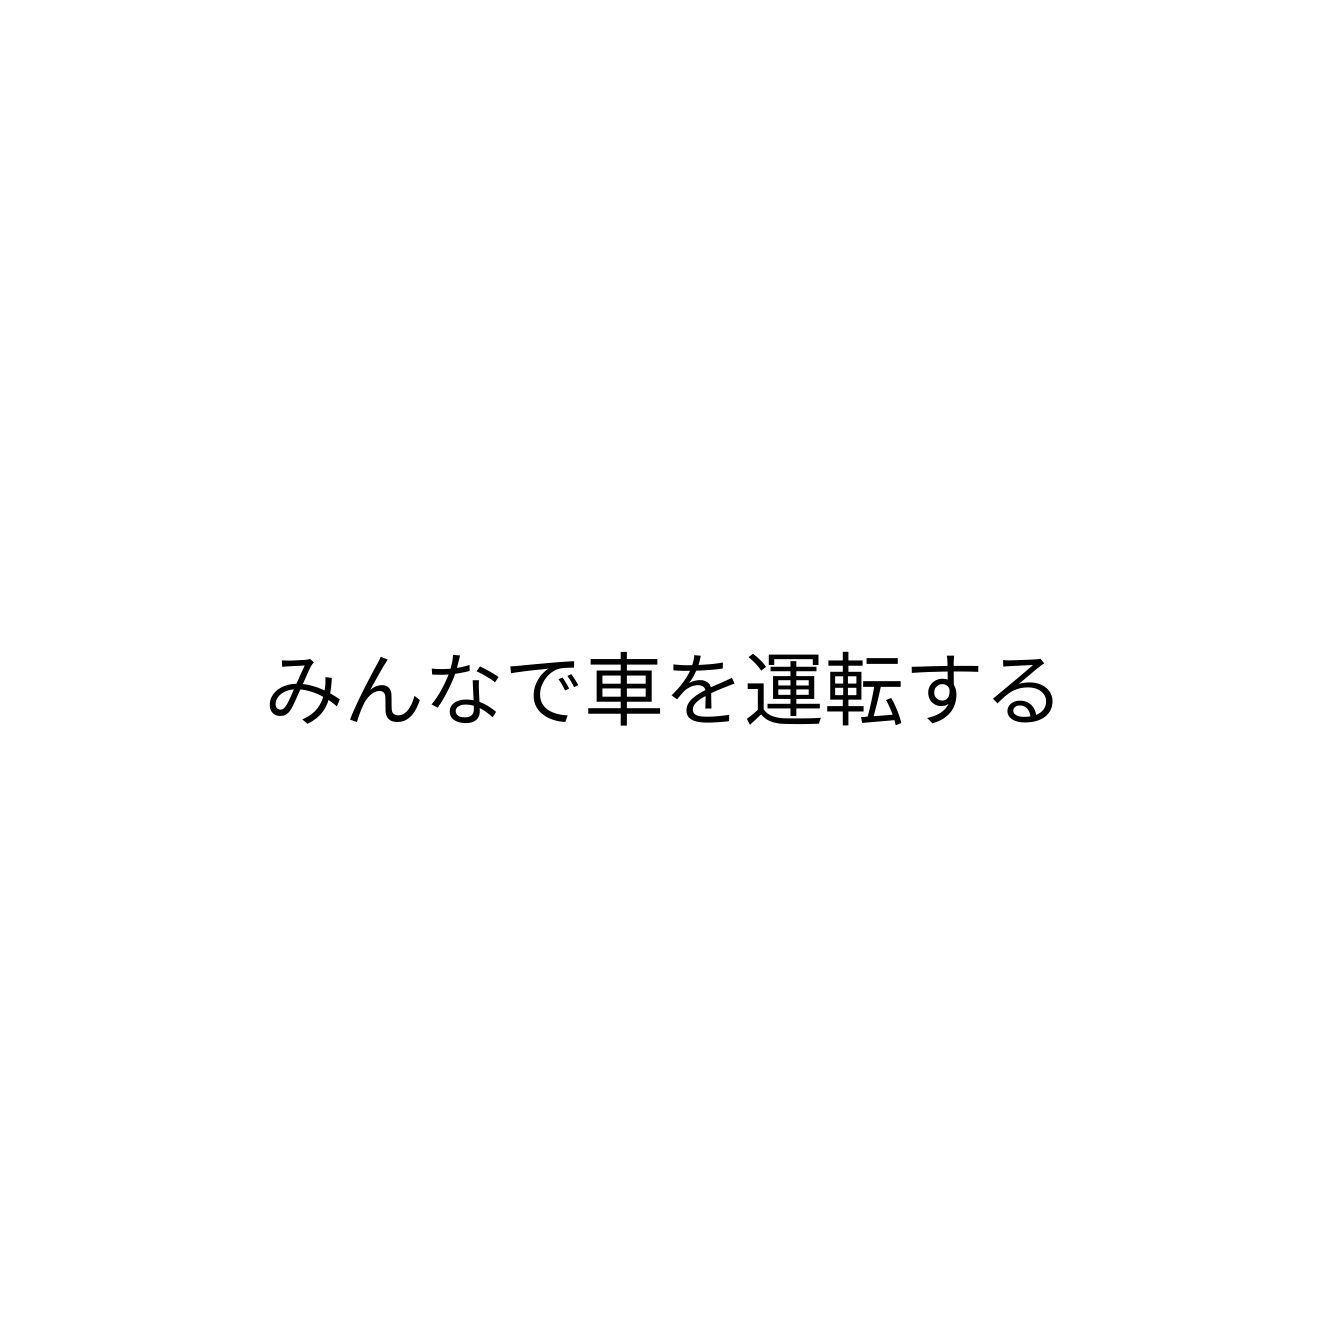
みんなで車を運転する